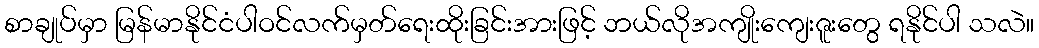
စာချုပ်မှာ မြန်မာနိုင်ငံပါဝင်လက်မှတ်ရေးထိုးခြင်းအားဖြင့် ဘယ်လိုအကျိုးကျေးဇူးတွေ ရနိုင်ပါ သလဲ။